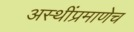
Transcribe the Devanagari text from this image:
अस्थींप्रमाणेच